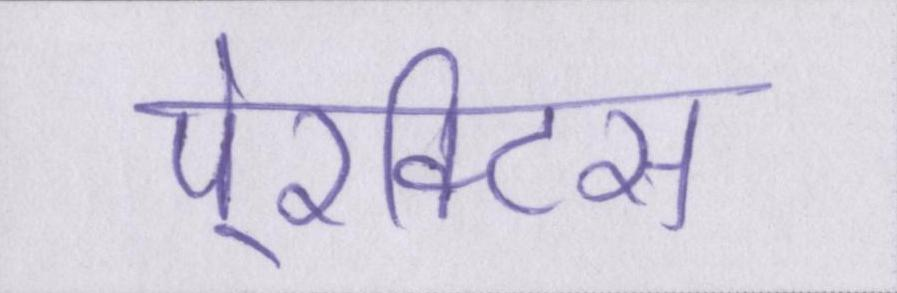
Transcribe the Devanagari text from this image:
पे्रक्टिस